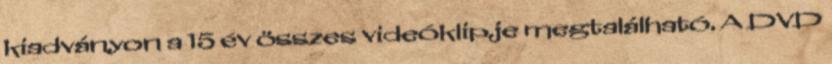
kiadványon a 15 év összes videóklipje megtalálható. A DVD